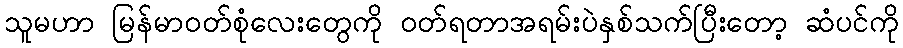
သူမဟာ မြန်မာ၀တ်စုံလေးတွေကို ၀တ်ရတာအရမ်းပဲနှစ်သက်ပြီးတော့ ဆံပင်ကို